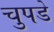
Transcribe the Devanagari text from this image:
चुपडे